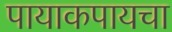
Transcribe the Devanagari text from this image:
पायाकपायचा